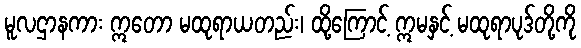
မူလဌာနကား ဣတော မထုရာယတည်း၊ ထို့ကြောင့် ဣမနှင့် မထုရာပုဒ်တို့ကို